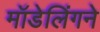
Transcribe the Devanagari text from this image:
मॉडेलिंगने